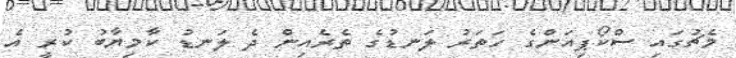
މެޗުގައި ސްކޯޕިއަންގެ ހަތަރު ލަނޑުގެ ތެރެއިން ދެ ލަނޑު ކާމިޔާބު ކުރީ އެ